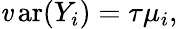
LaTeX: \operatorname{\mathit{v}ar}(Y_{i})=\tau\mu_{i},